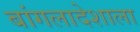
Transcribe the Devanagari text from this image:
बांगलादेशाला